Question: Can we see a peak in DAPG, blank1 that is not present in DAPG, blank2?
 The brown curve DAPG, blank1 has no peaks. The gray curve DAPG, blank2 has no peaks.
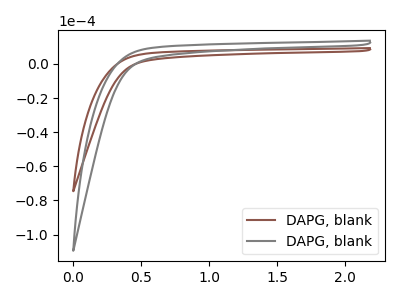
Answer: <think>Neither "DAPG, blank1" or "DAPG, blank2" have any peaks.
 </think>
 <answer>No, "DAPG, blank1" and "DAPG, blank2" don't appear to be significantly different in shape</answer>
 <eval>no_change</eval>